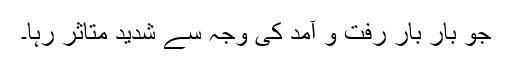
جو بار بار رفت و آمد کی وجہ سے شدید متاثر رہا۔